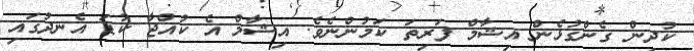
ކުދިން ގެންގުޅެން އިޝާމް ފަރިތަ ކަމުންނެވެ. އިޝާމް އެ ކުއްޖާ ކުޑަ އެނދުގައި